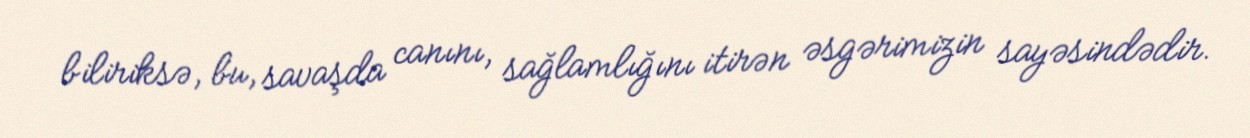
biliriksə, bu, savaşda canını, sağlamlığını itirən əsgərimizin sayəsindədir.